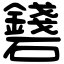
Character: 𥗛